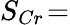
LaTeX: S_{Cr}\! =